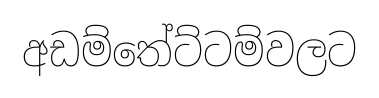
අඩම්තේට්ටම්වලට